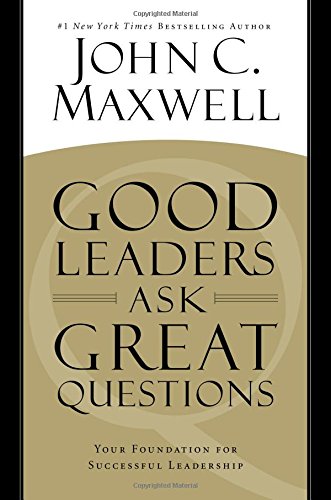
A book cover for Good Leaders Ask Great Questions: Your Foundation for Successful Leadership; John C. Maxwell; Business & Money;